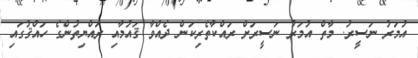
އުމަރު ނަސީރު. މާތް އުމަރު ނަސީރަށް ރައްކާތެރިކަން ދެއްވާ ޤައުމާއި ރައްޔިތުންގެ ހައްޤުގައި